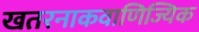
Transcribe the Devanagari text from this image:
खतरनाकवाणिज्यिक